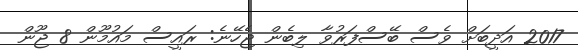
2017 އަދީބަށް ވެސް ބޭސްފަރުވާ ލިބެން ޖެހޭނެ: ރައީސް މައުމޫން 8 ޖޫން